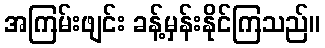
အကြမ်းဖျင်း ခန့်မှန်းနိုင်ကြသည်။